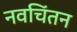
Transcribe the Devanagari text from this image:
नवचिंतन